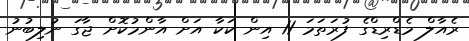
ރެއާލް މެޑްރިޑްގެ ފުރަތަމަ 11 އިން ކަކާ އަށް އާންމުކޮށް ޖާގަ ނުލިބުނު